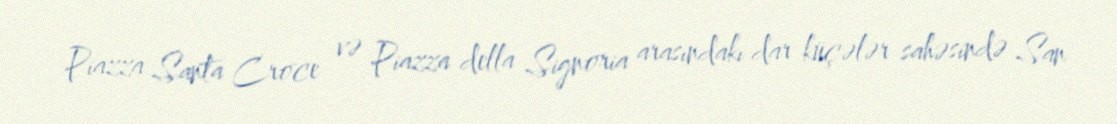
Piazza Santa Croce və Piazza della Signoria arasındakı dar küçələr sahəsində San